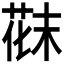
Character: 𫈪